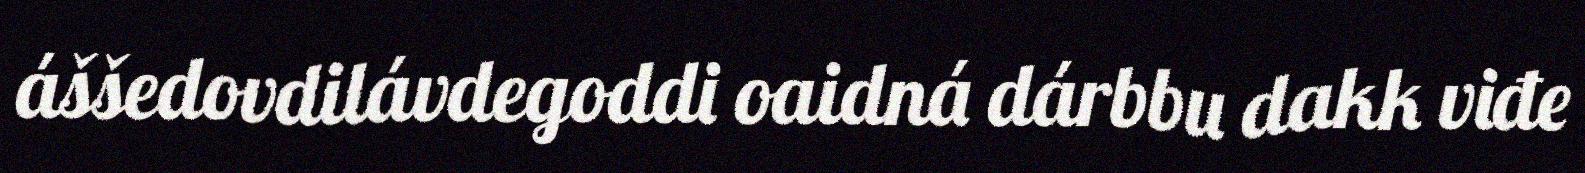
áššedovdilávdegoddi oaidná dárbbu dakk viđe